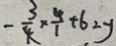
- \frac { 3 } { 4 } \times \frac { 4 } { 1 } + 6 2 y